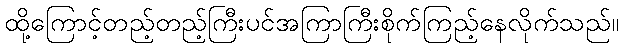
ထို့ကြောင့်တည့်တည့်ကြီးပင်အကြာကြီးစိုက်ကြည့်နေလိုက်သည်။